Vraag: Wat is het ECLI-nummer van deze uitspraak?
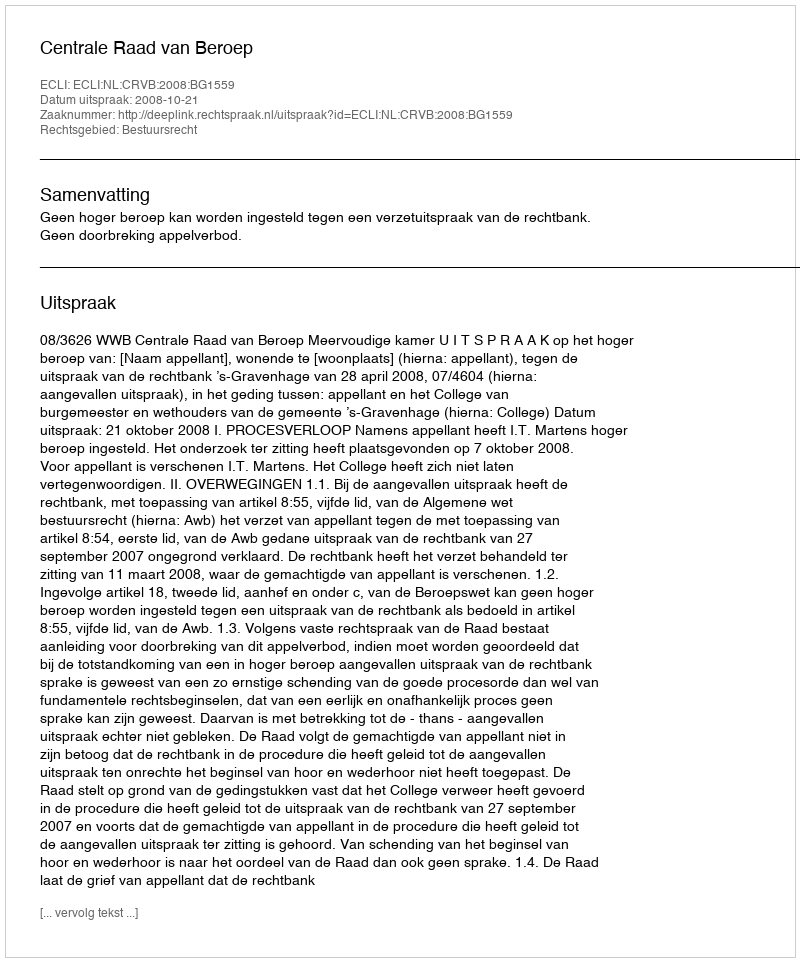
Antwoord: ECLI:NL:CRVB:2008:BG1559